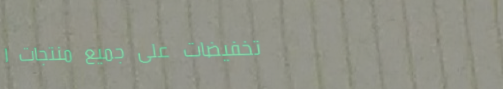
تخفيضات على جميع منتجات ا